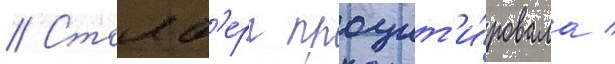
// Столб'ерг процит'и́ровала /